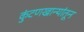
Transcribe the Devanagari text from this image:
कुंटणखान्यांतून